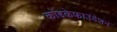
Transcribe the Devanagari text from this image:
कोंडकेफाउंडेशन